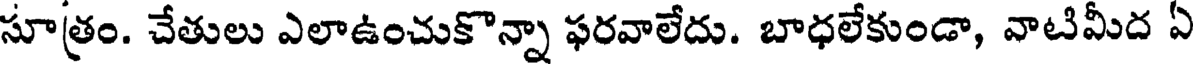
సూత్రం. చేతులు ఎలాఉంచుకొన్నా ఫరవాలేదు. బాధలేకుండా, వాటిమీద ఏ